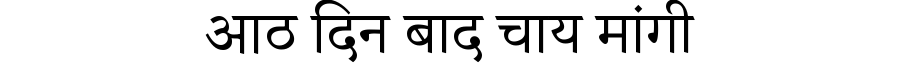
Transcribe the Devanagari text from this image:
आठ दिन बाद चाय मांगी